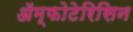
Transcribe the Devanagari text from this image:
ॲम्फोटेरिसिन